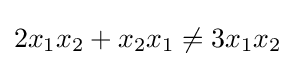
2x_{1}x_{2}+x_{2}x_{1}\neq 3x_{1}x_{2}